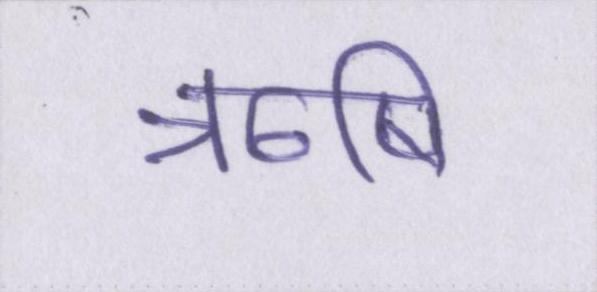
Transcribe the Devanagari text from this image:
ॠषि